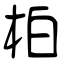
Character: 柏